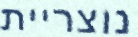
נוצריית